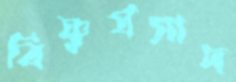
বিষ্ণুপ্রসাদ